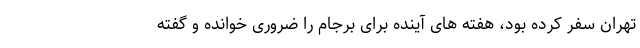
تهران سفر کرده بود، هفته های آینده برای برجام را ضروری خوانده و گفته